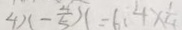
4 x - \frac { 4 } { 5 } x = 6 . 4 \times \frac { 1 } { 4 }